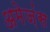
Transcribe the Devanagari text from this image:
अमेज़ंस